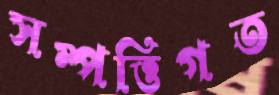
সম্পত্তিগত